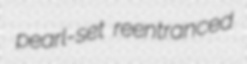
pearl-set reentranced